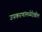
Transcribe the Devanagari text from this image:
उपकरणांमध्येदेखील